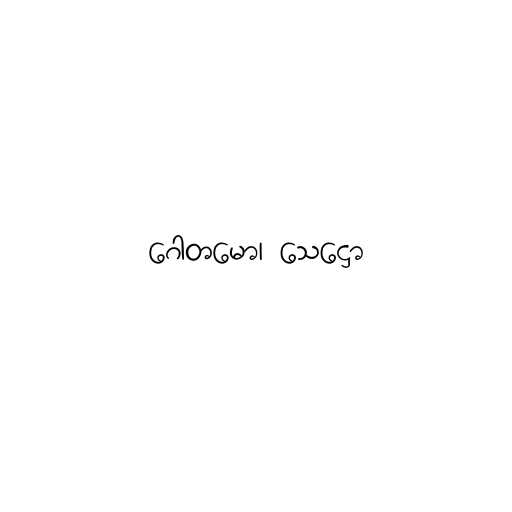
ဂေါတမော၊ သေဋ္ဌော